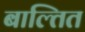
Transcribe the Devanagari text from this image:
बाल्तित